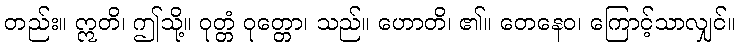
တည်း။ ဣတိ၊ ဤသို့။ ဝုတ္တံ ဝုတ္တော၊ သည်။ ဟောတိ၊ ၏။ တေနေဝ၊ ကြောင့်သာလျှင်။